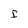
Character: I